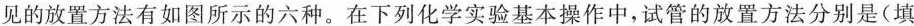
见的放置方法有如图所示的六种。在下列化学实验基本操作中，试管的放置方法分别是(填